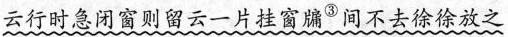
云行时急闭窗则留云一片挂窗牖^{③}间不去徐徐放之